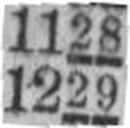
1229